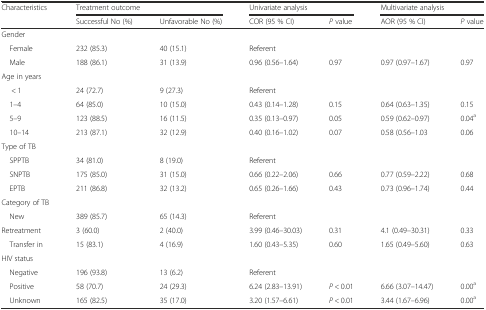
<table><thead><tr><td rowspan="2"><b>Characteristics</b></td><td colspan="2"><b>Treatment outcome</b></td><td colspan="2"><b>Univariate analysis</b></td><td colspan="2"><b>Multivariate analysis</b></td></tr><tr><td><b>Successful No (%)</b></td><td><b>Unfavorable No (%)</b></td><td><b>COR (95 % CI)</b></td><td><b><i>P</i> value</b></td><td><b>AOR (95 % CI)</b></td><td><b><i>P</i> value</b></td></tr></thead><tbody><tr><td>Gender</td><td></td><td></td><td></td><td></td><td></td><td></td></tr><tr><td> Female</td><td>232 (85.3)</td><td>40 (15.1)</td><td>Referent</td><td></td><td></td><td></td></tr><tr><td> Male</td><td>188 (86.1)</td><td>31 (13.9)</td><td>0.96 (0.56–1.64)</td><td>0.97</td><td>0.97 (0.97–1.67)</td><td>0.97</td></tr><tr><td>Age in years</td><td></td><td></td><td></td><td></td><td></td><td></td></tr><tr><td>&lt; 1</td><td>24 (72.7)</td><td>9 (27.3)</td><td>Referent</td><td></td><td></td><td></td></tr><tr><td> 1–4</td><td>64 (85.0)</td><td>10 (15.0)</td><td>0.43 (0.14–1.28)</td><td>0.15</td><td>0.64 (0.63–1.35)</td><td>0.15</td></tr><tr><td> 5–9</td><td>123 (88.5)</td><td>16 (11.5)</td><td>0.35 (0.13–0.97)</td><td>0.05</td><td>0.59 (0.62–0.97)</td><td>0.04<sup>a</sup></td></tr><tr><td> 10–14</td><td>213 (87.1)</td><td>32 (12.9)</td><td>0.40 (0.16–1.02)</td><td>0.07</td><td>0.58 (0.56–1.03</td><td>0.06</td></tr><tr><td>Type of TB</td><td></td><td></td><td></td><td></td><td></td><td></td></tr><tr><td> SPPTB</td><td>34 (81.0)</td><td>8 (19.0)</td><td>Referent</td><td></td><td></td><td></td></tr><tr><td> SNPTB</td><td>175 (85.0)</td><td>31 (15.0)</td><td>0.66 (0.22–2.06)</td><td>0.66</td><td>0.77 (0.59–2.22)</td><td>0.68</td></tr><tr><td> EPTB</td><td>211 (86.8)</td><td>32 (13.2)</td><td>0.65 (0.26–1.66)</td><td>0.43</td><td>0.73 (0.96–1.74)</td><td>0.44</td></tr><tr><td>Category of TB</td><td></td><td></td><td></td><td></td><td></td><td></td></tr><tr><td> New</td><td>389 (85.7)</td><td>65 (14.3)</td><td>Referent</td><td></td><td></td><td></td></tr><tr><td>Retreatment</td><td>3 (60.0)</td><td>2 (40.0)</td><td>3.99 (0.46–30.03)</td><td>0.31</td><td>4.1 (0.49–30.31)</td><td>0.33</td></tr><tr><td> Transfer in</td><td>15 (83.1)</td><td>4 (16.9)</td><td>1.60 (0.43–5.35)</td><td>0.60</td><td>1.65 (0.49–5.60)</td><td>0.63</td></tr><tr><td>HIV status</td><td></td><td></td><td></td><td></td><td></td><td></td></tr><tr><td> Negative</td><td>196 (93.8)</td><td>13 (6.2)</td><td>Referent</td><td></td><td></td><td></td></tr><tr><td> Positive</td><td>58 (70.7)</td><td>24 (29.3)</td><td>6.24 (2.83–13.91)</td><td><i>P</i> &lt; 0.01</td><td>6.66 (3.07–14.47)</td><td>0.00<sup>a</sup></td></tr><tr><td> Unknown</td><td>165 (82.5)</td><td>35 (17.0)</td><td>3.20 (1.57–6.61)</td><td><i>P</i> &lt; 0.01</td><td>3.44 (1.67–6.96)</td><td>0.00<sup>a</sup></td></tr></tbody></table>